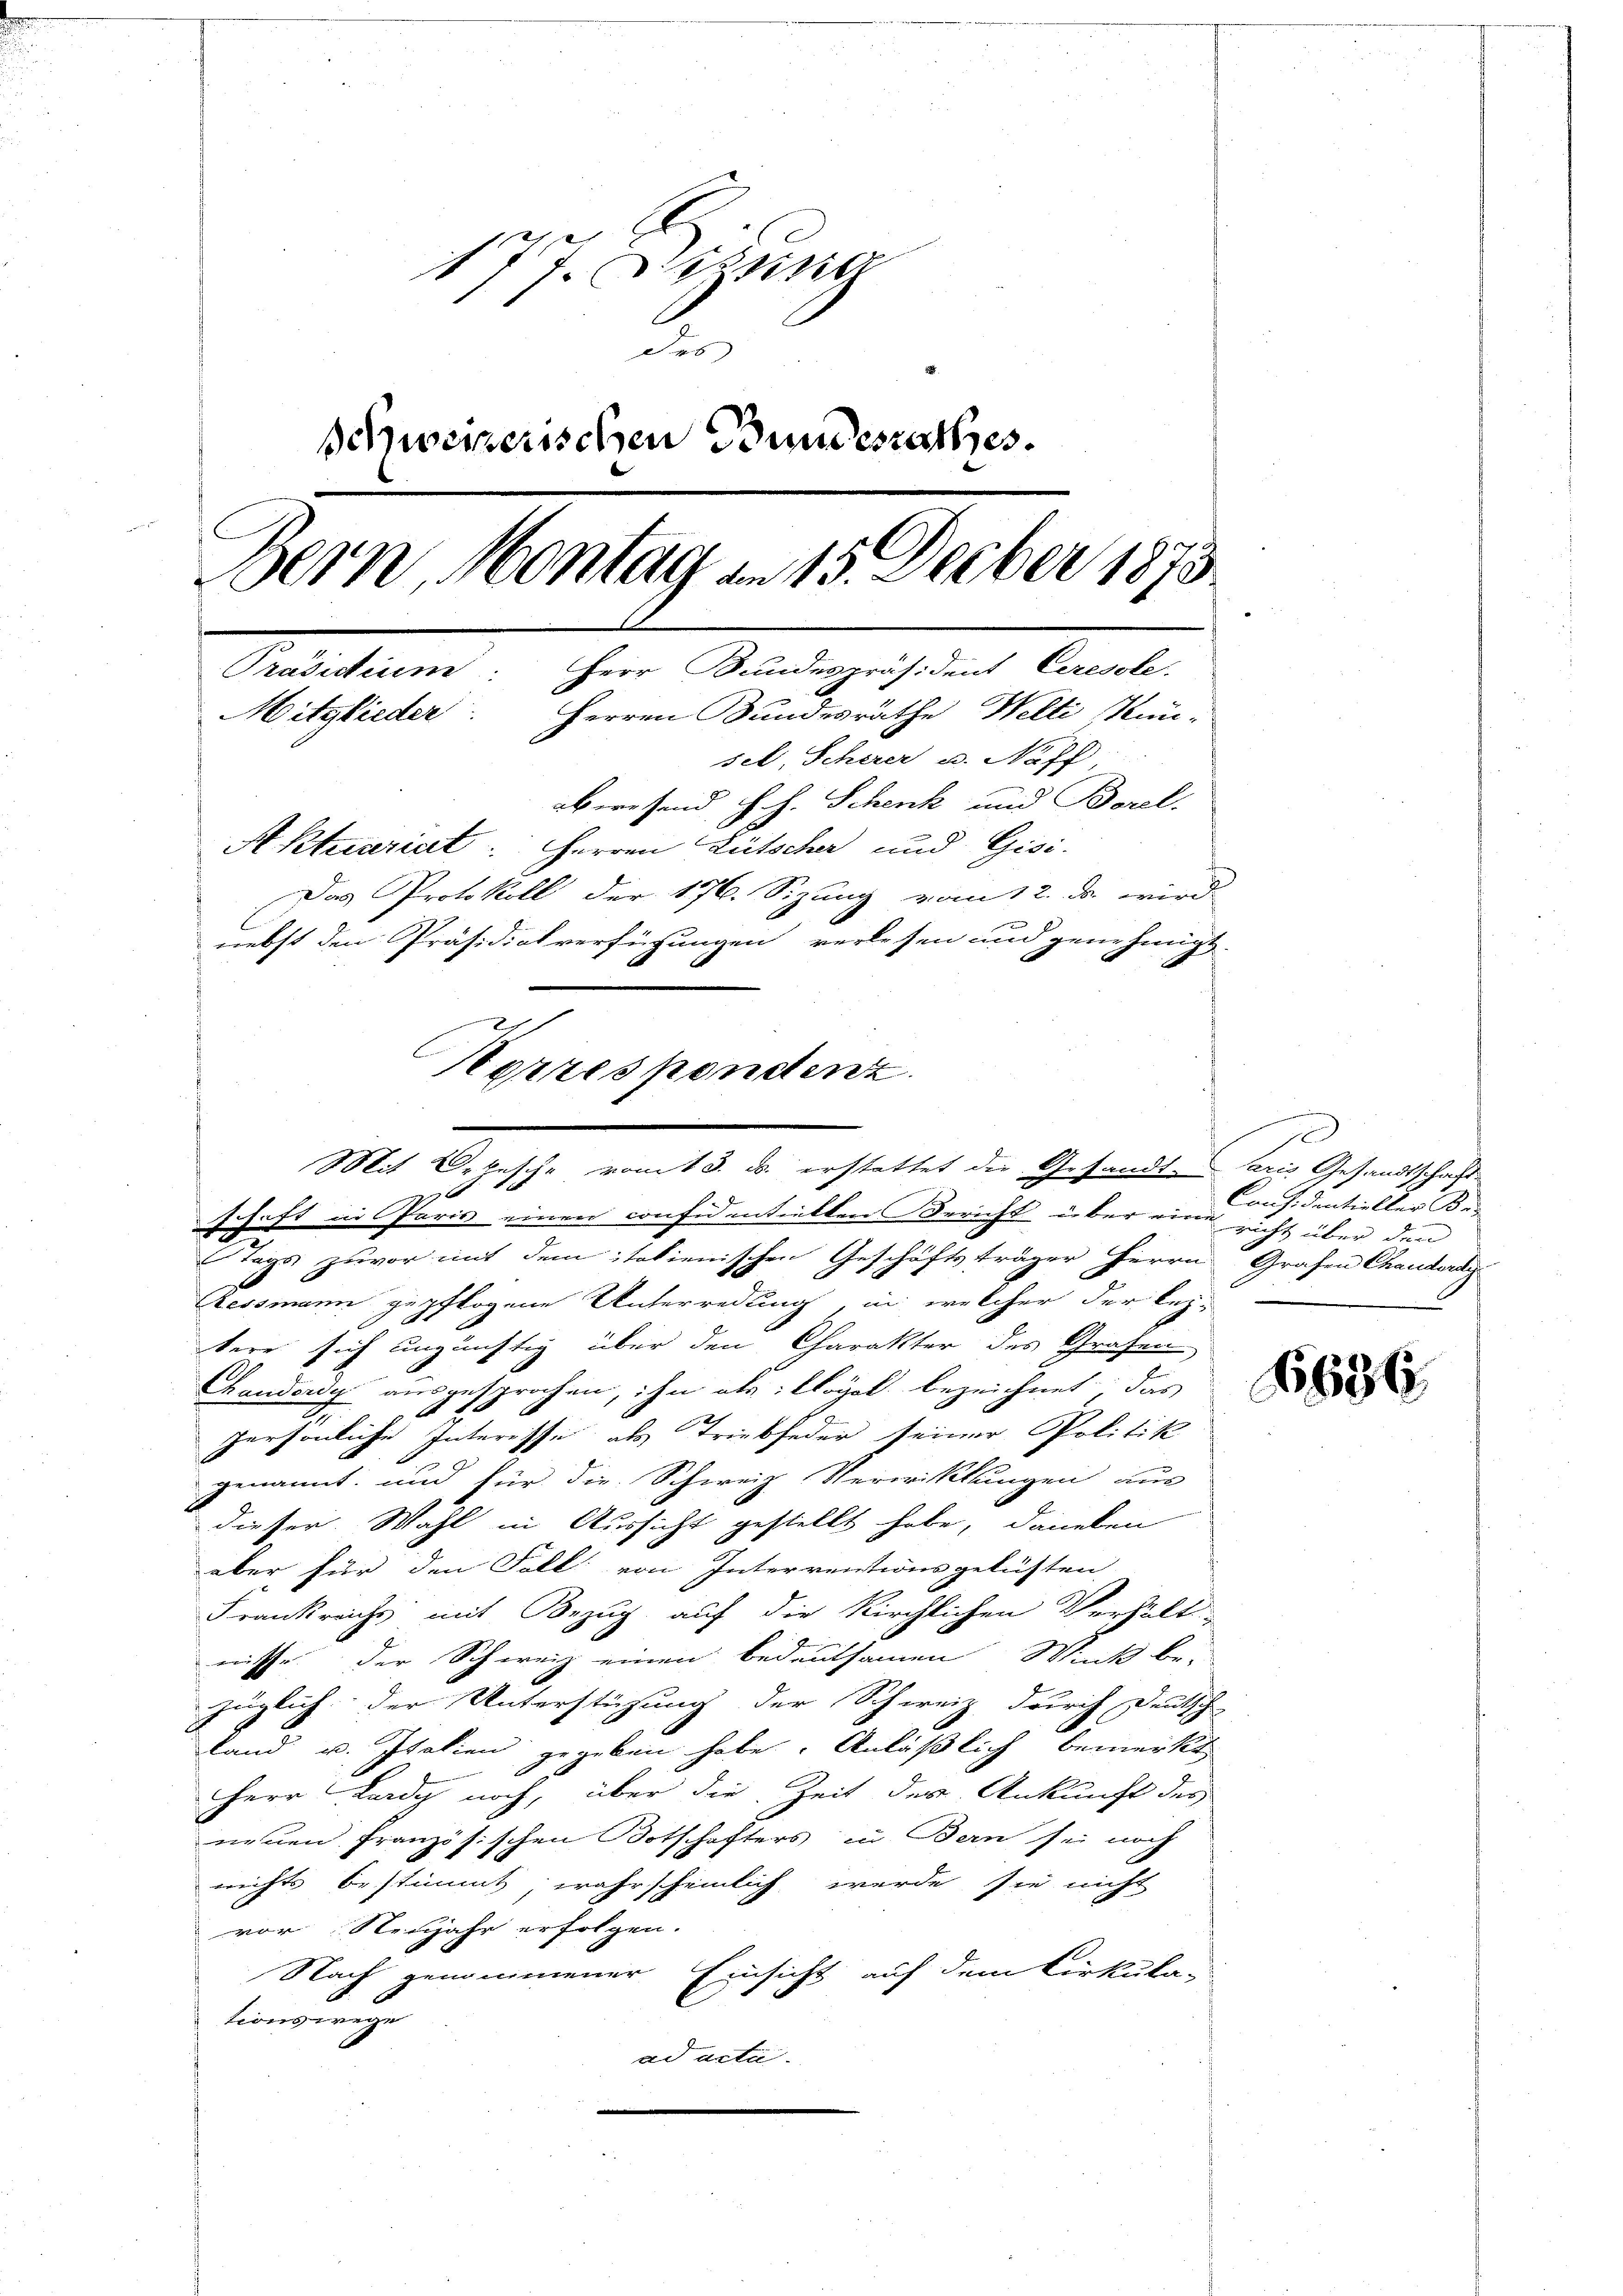
177. Sizina
des
Schweizerischen Bundesrathes.
Bern, Montag an 15. Decber 1873.
Präsidium: Herr Bundespräsident Ceresole
Mitglieder: Herren Bundesräthe Welti Kün-
sel, Scherer u. Naff,
abwesend H. H. Schenk und Borel.
Aktuariat. Herren Lütscher und Gisi-
Das Protokoll der 176. Sizung vom 12. ds. wird
nebst den Präsidialverfügungen verlesen und genehmigt.

Korrespondenz.
Mit Ortesche vom 13. ds. erstattet die Gesandt-Saris Gesandtschaft
26
schaft in Paris einen confidentierten Bericht über eine nicht über den
e

Tags zuvor mit dem italienischen Geschäftsträger Herrn Grafen Chanderag
Eessmann gepflogene Unterredung, in welcher der bei-
tere sich ungünstig über den Charakter des Grafen
Chanderey ausgesprochen, ihn als: Vogel bezeichnet, das
persönliche Interesse als Triebfeder seiner Politik
genannt, und für die Schweiz Verwicklungen aus
dieser Wahl in Aussicht gestellt habe, daneben
aber für den Fall von Interrentionsgelüsten
Frankreichs mit Bezug auf die Kirchlichen Verhält-
nisse der Schweiz einen bedeutsamen Wink be-
züglich der Unterstüzung der Schweiz durch Deutsch
land u. Italien gegeben habe. Anläßlich bemerkt
Herr Lardy noch, über die Zeit der Ankunft des
neuen französischen Botschafters in Bern sei noch
rrichts bestimmt, wahrscheinlich werde sie nicht
vor Neujahr erfolgen.
Nach genommener Einsicht auf dem Cirkula-
tionswege
ad acti.

I
Considentieller Be¬

6636.